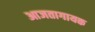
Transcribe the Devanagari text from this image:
आजतागायक